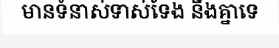
មានទំនាស់ទាស់ទែង នឹងគ្នាទេ